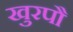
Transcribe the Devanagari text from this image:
खुरपौ